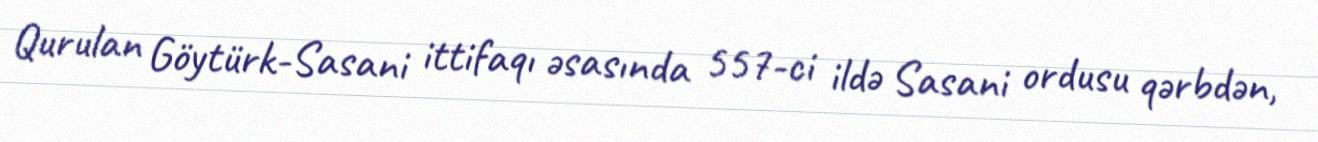
Qurulan Göytürk-Sasani ittifaqı əsasında 557-ci ildə Sasani ordusu qərbdən,